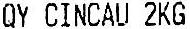
QY CINCAU 2KG